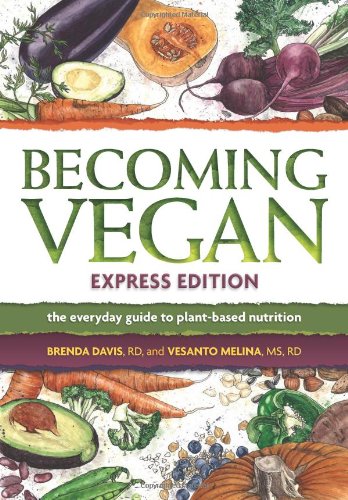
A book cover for Becoming Vegan, Express Edition: The Everyday Guide to Plant-based Nutrition; Brenda Davis; Health, Fitness & Dieting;